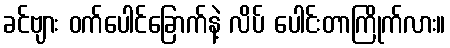
ခင်ဗျား ဝက်ပေါင်ခြောက်နဲ့ လိပ် ပေါင်းတာကြိုက်လား။